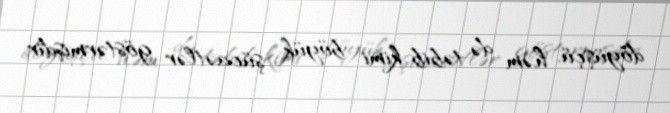
döyüşçü, həm də təbib kimi böyük şücaətlər göstərmişdir.